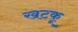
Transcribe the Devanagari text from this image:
खटकू